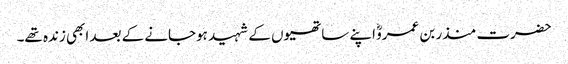
حضرت منذر بن عمروؓ اپنے ساتھیوں کے شہید ہوجانے کے بعد ابھی زندہ تھے۔